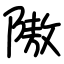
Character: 隞